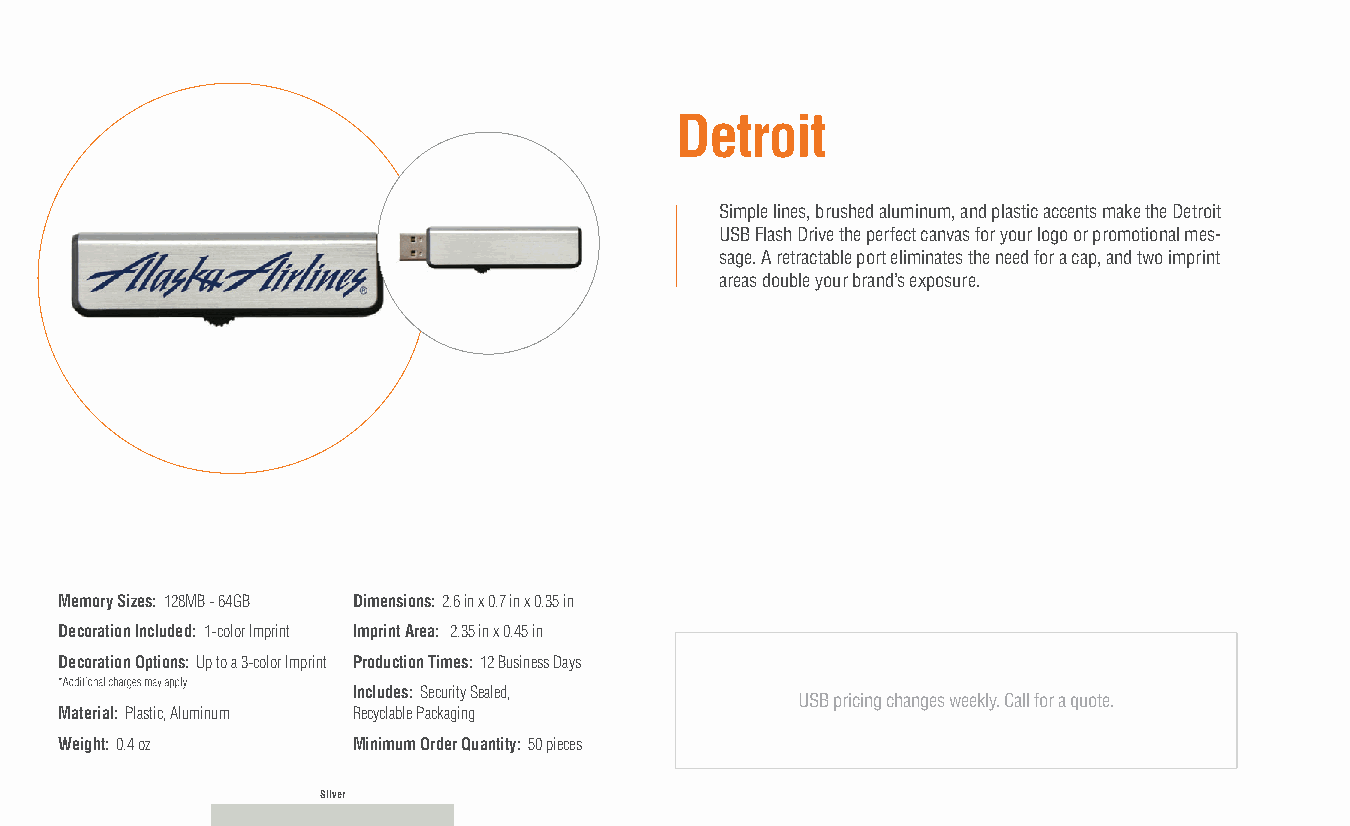
Detroit
 Simple lines, brushed aluminum, and plastic accents make the Detroit
 USB Flash Drive the perfect canvas for your logo or promotional mes-
 sage. A retractable port eliminates the need for a cap, and two imprint
 areas double your brand’s exposure.
 Memory Sizes: 128MB - 64GB Dimensions: 2.6 in x 0.7 in x 0.35 in
 Decoration Included: 1-color Imprint Imprint Area: 2.35 in x 0.45 in
 Decoration Options: Up to a 3-color Imprint Production Times: 12 Business Days
 Includes: Security Sealed,
 USB pricing changes weekly. Call for a quote.
 Material: Plastic, Aluminum Recyclable Packaging
 Weight: 0.4 oz     Minimum Order Quantity: 50 pieces
 Silver